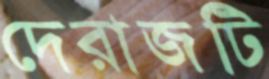
দেরাজটি